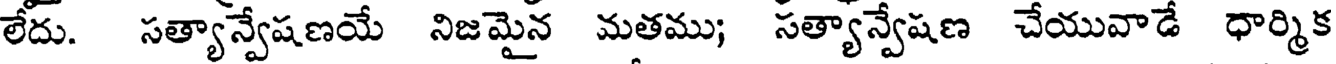
లేదు. సత్యాన్వేషణయే నిజమైన మతము; సత్యాన్వేషణ చేయువాడే ధార్మిక